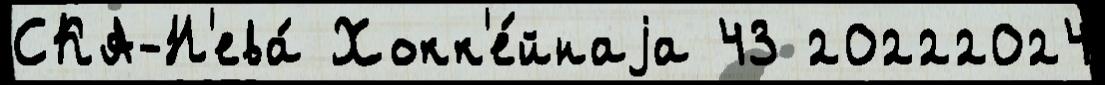
СКА-Н'ева́ Хокк'е́йнаjа 43 20222024